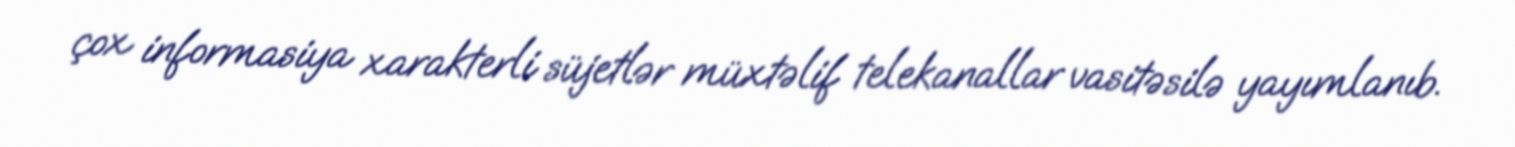
çox informasiya xarakterli süjetlər müxtəlif telekanallar vasitəsilə yayımlanıb.